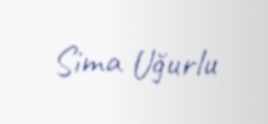
Sima Uğurlu